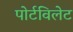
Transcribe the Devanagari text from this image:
पोर्टविलेट